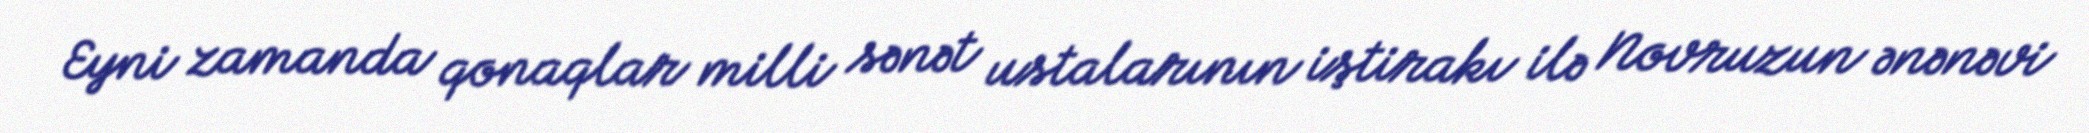
Eyni zamanda qonaqlar milli sənət ustalarının iştirakı ilə Novruzun ənənəvi